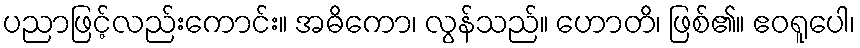
ပညာဖြင့်လည်းကောင်း။ အဓိကော၊ လွန်သည်။ ဟောတိ၊ ဖြစ်၏။ ဧဝရူပေါ၊